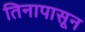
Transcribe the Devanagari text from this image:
तिनापासून